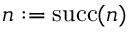
n : = \operatorname { s u c c } ( n )